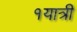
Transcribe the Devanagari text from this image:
१यात्री